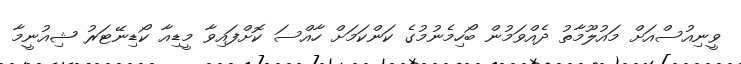
ވީނިއުސްއަށް މައުލޫމާތު ދެއްވަމުން ބޯހިމެނުމުގެ ކަންކަމަށް ހާއްސަ ކޮށްފައިވާ މީޑިއާ ކޯޑިނޭޓަރު ޝިއުނީމާ